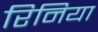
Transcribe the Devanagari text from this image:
रिनिया